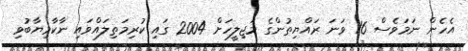
އެހެން ނަމަވެސް 16 ވަނަ ރައްޔިތުންގެ މަޖިލީހަށް 2004 ގައި ކުރިމަތިލައްވައި ނާކާމިޔާބުވި